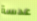
عدسة